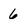
Character: 6